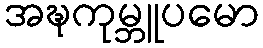
အဍ္ဎကုမ္ဘူပမော